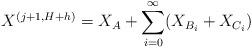
LaTeX: \begin{align*}X^{(j+1,H+h)} = X_A+\sum_{i=0}^{\infty} (X_{B_i}+X_{C_i})\end{align*}